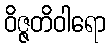
ဝိဇ္ဇတိဝါရော